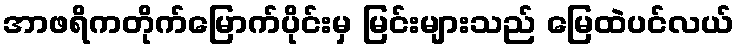
အာဖရိကတိုက်မြောက်ပိုင်းမှ မြင်းများသည် မြေထဲပင်လယ်